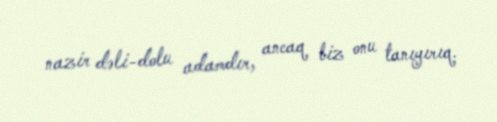
nazir dəli-dolu adamdır, ancaq biz onu tanıyırıq.